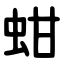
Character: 蚶